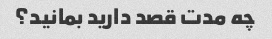
چه مدت قصد دارید بمانید؟